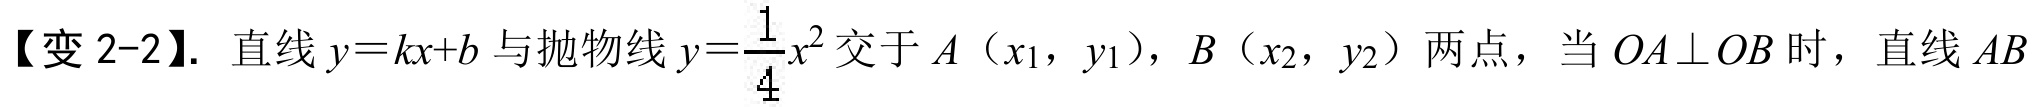
【变 2-2】. 直线\(y = kx + b\)与抛物线\(y=\dfrac{1}{4}x^{2}\)交于\(A（x_{1}，y_{1}）\)，\(B（x_{2}，y_{2}）\)两点，当\(OA\perp OB\)时，直线\(AB\)